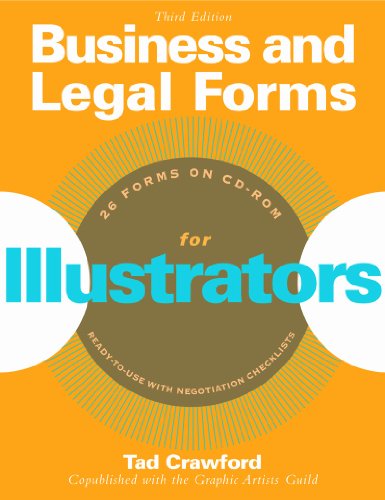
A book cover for Business and Legal Forms for Illustrators; Tad Crawford; Law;